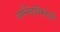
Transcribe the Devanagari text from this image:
वर्णभेदविरोधी